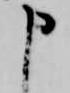
申